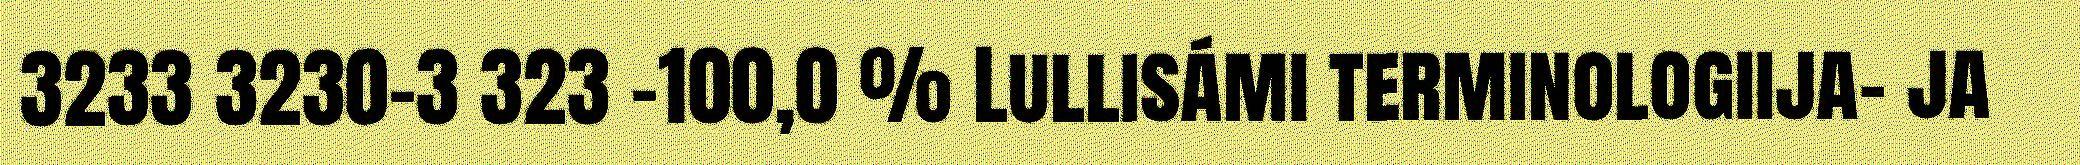
3233 3230-3 323 -100,0 % Lullisámi terminologiija- ja